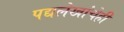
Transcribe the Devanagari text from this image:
पद्यलेखांचेही